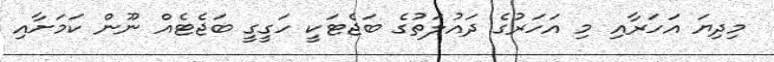
މިދިޔަ އަހަރާއި މި އަހަރުގެ ދައުލަތުގެ ބަޖެޓަކީ ހަގީގީ ބަޖެޓެއް ނޫން ކަމަށާއި